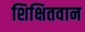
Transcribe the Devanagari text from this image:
शिक्षितवान